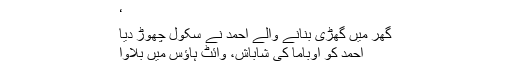
‘
گھر میں گھڑی بنانے والے احمد نے سکول چھوڑ دیا
احمد کو اوباما کی شاباش، وائٹ ہاؤس میں بلاوا